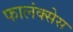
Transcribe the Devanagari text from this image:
फालंक्सेस